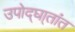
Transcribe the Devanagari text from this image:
उपोद्‌घा्तांत